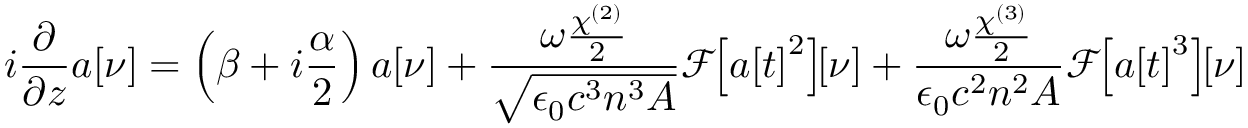
i \frac { \partial } { \partial z } a \! \left[ \nu \right] = \left( \beta + i \frac { \alpha } { 2 } \right) a \! \left[ \nu \right] + \frac { \omega \frac { \chi ^ { ( 2 ) } } { 2 } } { \sqrt { \epsilon _ { 0 } c ^ { 3 } n ^ { 3 } A } } \mathcal { F } \! \! \left[ a \! \left[ t \right] ^ { 2 } \right] \! \! \left[ \nu \right] + \frac { \omega \frac { \chi ^ { ( 3 ) } } { 2 } } { \epsilon _ { 0 } c ^ { 2 } n ^ { 2 } A } \mathcal { F } \! \! \left[ a \! \left[ t \right] ^ { 3 } \right] \! \! \left[ \nu \right]